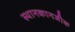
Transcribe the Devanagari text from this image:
स्थानकानजीक